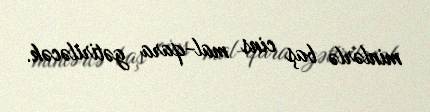
minlərlə baş cins mal-qara gətiriləcək.